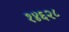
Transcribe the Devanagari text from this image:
१४६२८